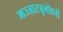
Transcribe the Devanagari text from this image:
मज्जारजूभोवती